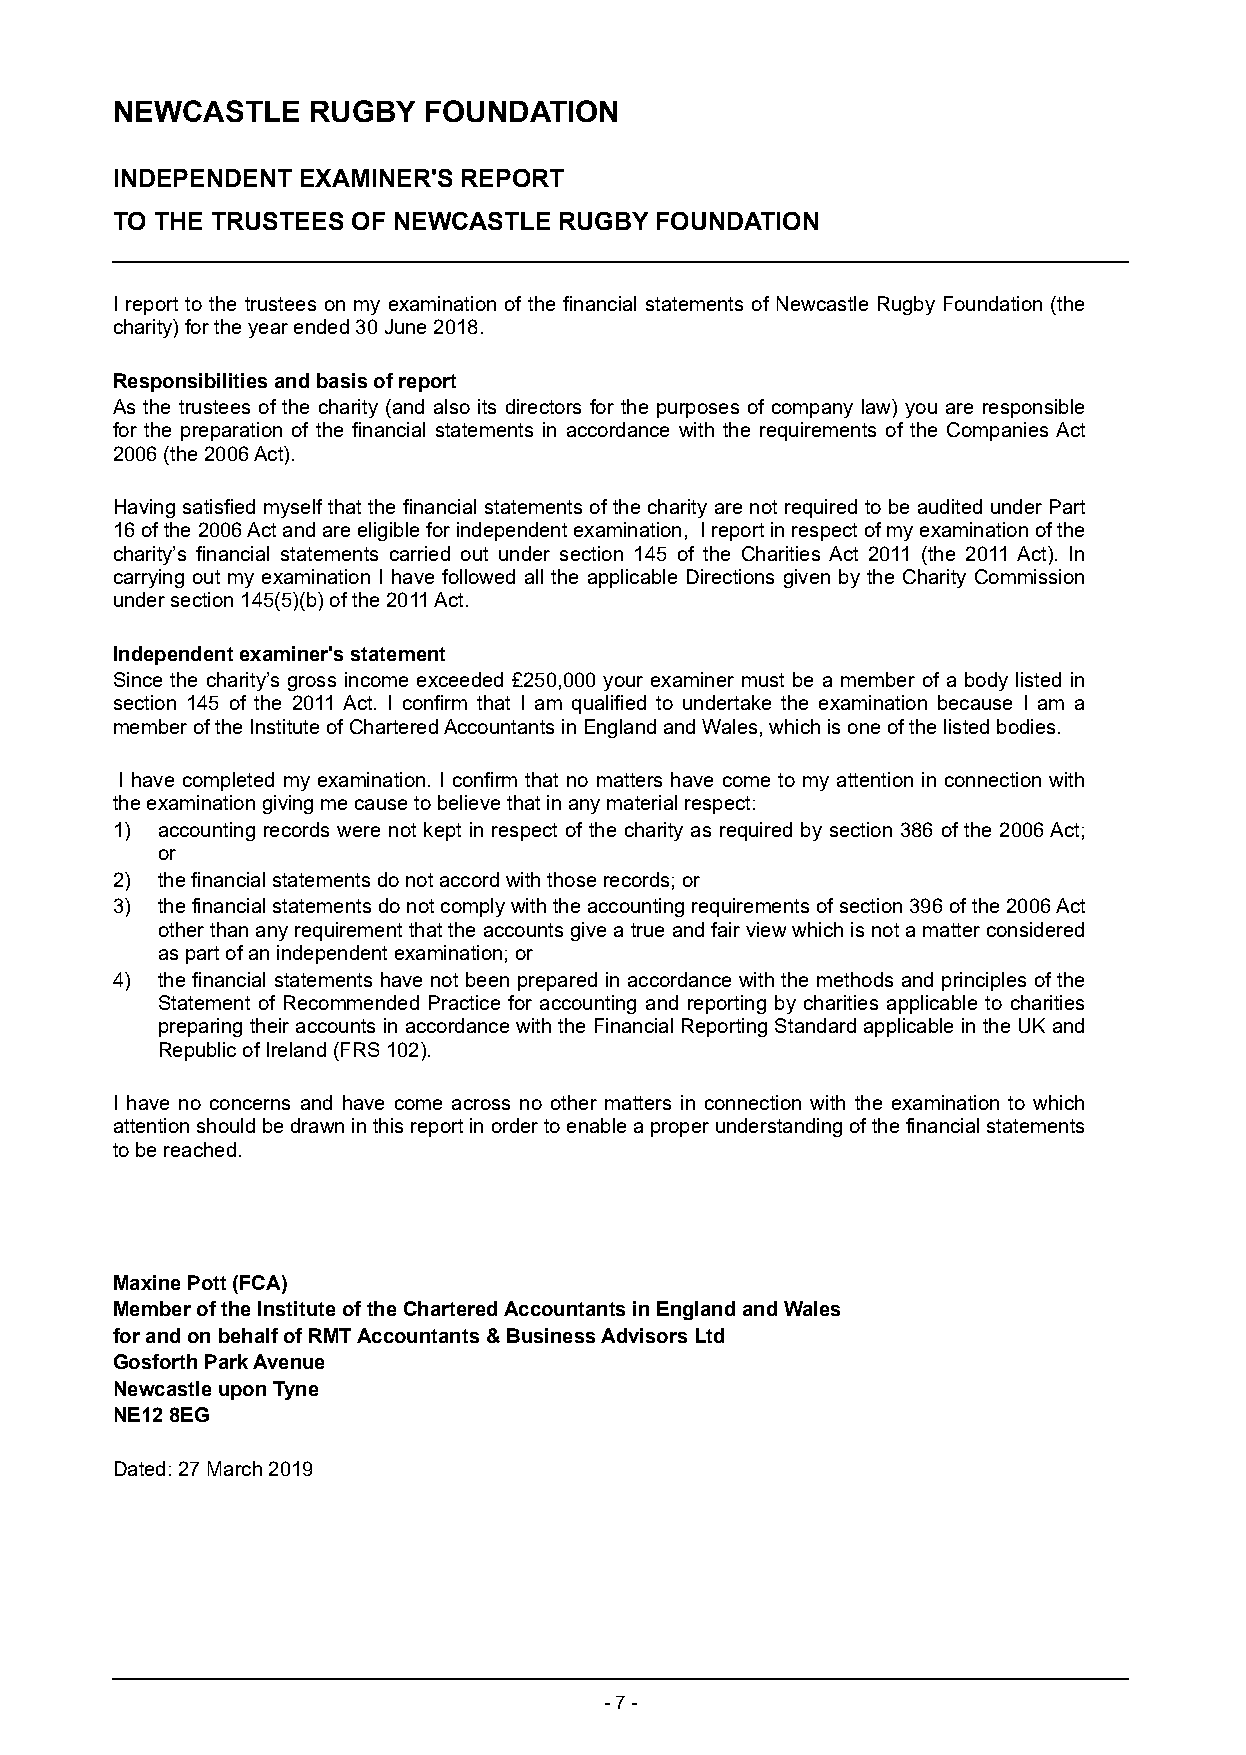
NEWCASTLE    RUGBY   FOUNDATION
 INDEPENDENT  EXAMINER'S REPORT
 TO THE TRUSTEES OF NEWCASTLE  RUGBY FOUNDATION
 I report to the trustees on my examination of the financial statements of Newcastle Rugby Foundation (the
 charity) for the year ended 30 June 2018.
 Responsibilities and basis of report
 As the trustees of the charity (and also its directors for the purposes of company law) you are responsible
 for the preparation of the financial statements in accordance with the requirements of the Companies Act
 2006 (the 2006 Act).
 Having satisfied myself that the financial statements of the charity are not required to be audited under Part
 16 of the 2006 Act and are eligible for independent examination, I report in respect of my examination of the
 charity’s financial statements carried out under section 145 of the Charities Act 2011 (the 2011 Act). In
 carrying out my examination I have followed all the applicable Directions given by the Charity Commission
 under section 145(5)(b) of the 2011 Act.
 Independent examiner's statement
 Since the charity’s gross income exceeded £250,000 your examiner must be a member of a body listed in
 section 145 of the 2011 Act. I confirm that I am qualified to undertake the examination because I am a
 member of the I nstitute of Chartered Accountants in England and Wales, which is one of the listed bodies.
 I have completed my examination. I confirm that no matters have come to my attention in connection with
 the examination giving me cause to believe that in any material respect:
 1) accounting records were not kept in respect of the charity as required by section 386 of the 2006 Act;
 or
 2) the financial statements do not accord with those records; or
 3) the financial statements do not comply with the accounting requirements of section 396 of the 2006 Act
 other than any requirement that the accounts give a true and fair view which is not a matter considered
 as part of an independent examination; or
 4) the financial statements have not been prepared in accordance with the methods and principles of the
 Statement of Recommended Practice for accounting and reporting by charities applicable to charities
 preparing their accounts in accordance with the Financial Reporting Standard applicable in the UK and
 Republic of Ireland (FRS 102).
 I have no concerns and have come across no other matters in connection with the examination to which
 attention should be drawn in this report in order to enable a proper understanding of the financial statements
 to be reached.
 Maxine Pott (FCA)
 Member of the Institute of the Chartered Accountants in England and Wales
 for and on behalf of RMT Accountants & Business Advisors Ltd
 Gosforth Park Avenue
 Newcastle upon Tyne
 NE12 8EG
 Dated: 27 March 2019
 - 7 -